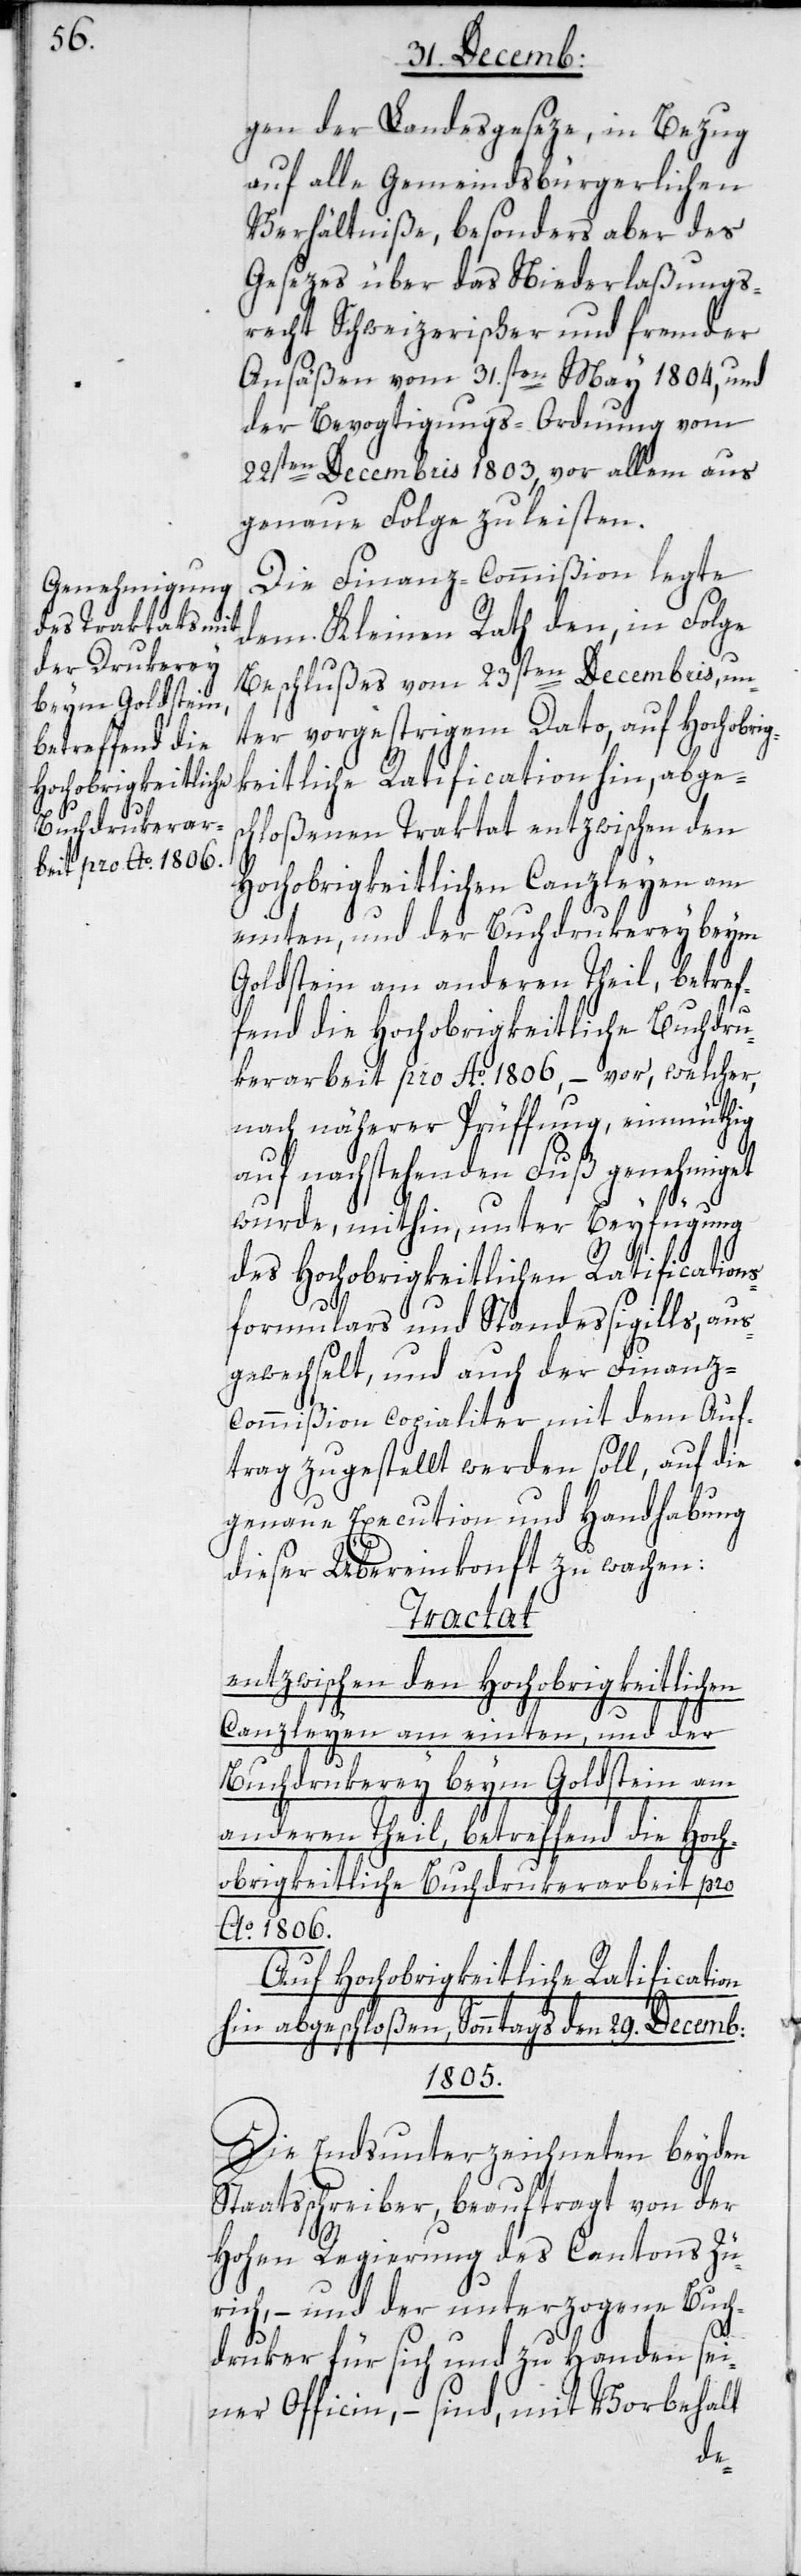
gen der Landesgeseze, in Bezug
auf alle Gemeindsbürgerlichen
Verhältniße, besonders aber des
Gesezes über das Niederlaßungs¬
recht Schweizerischer und fremder
Ansäßen vom 31sten May 1804, und
der Bevogtigungs-Ordnung vom
22sten Decembris 1803, vor allem aus
genaue Folge zu leisten.
Die Finanz-Commißion legte
dem Kleinen Rath den, in Folge
Beschlußes vom 23sten Decembris, un¬
ter vorgestrigem Dato, auf hochobrig¬
keitliche Ratification hin, abges¬
chloßenen Traktat entzwischen den
Hochobrigkeitlichen Canzleyen am
einten, und der Buchdrukerey beym
Goldstein am anderen Theil, betref¬
fend die Hochobrigkeitliche Buchdru¬
kerarbeit pro Ao. 1806, – vor, welcher,
nach näherer Prüffung, einmüthig
auf nachstehenden Fuß genehmiget
wurde, mithin unter Beyfügung
des Hochobrigkeitlichen Ratifications¬
formulars und Standessigills, aus¬
gewechselt, und auch der Finanz¬
commißion copialiter mit dem Auf¬
trag zugestellt werden soll, auf die
genaue Execution und Handhabung
dieser Übereinkonft zu wachen:
Tractat
entzwischen den Hochobrigkeitlichen
Canzleyen am einten, und der
Buchdrukerey beym Goldstein am
andern Theil, betreffend die Hoch¬
obrigkeitliche Buchdrukerarbeit pro
Ao. 1806.
Auf hochobrigkeitliche Ratification
hin abgeschloßen, Sonntags den 29. Decemb:
1805.
Die Endsunterzeichneten beyden
Staatsschreiber, beauftragt von der
hohen Regierung des Cantons Zü¬
rich, – und der unterzogene Buch¬
druker für sich und zu Handen sei¬
ner Officin, – sind, mit Vorbehalt